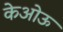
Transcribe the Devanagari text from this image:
केओऊ